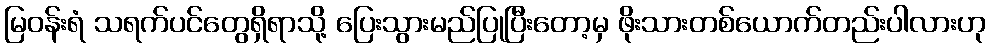
မြဝန်းရံ သရက်ပင်တွေရှိရာသို့ ပြေးသွားမည်ပြုပြီးတော့မှ ဖိုးသားတစ်ယောက်တည်းပါလားဟု